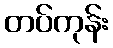
တပ်ကုန်း